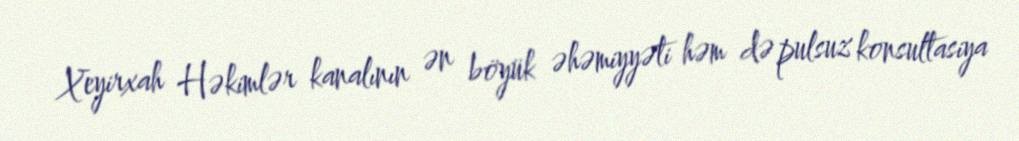
Xeyirxah Həkimlər kanalının ən böyük əhəmiyyəti həm də pulsuz konsultasiya